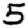
Digit: 5